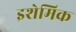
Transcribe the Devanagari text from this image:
इशेमिक